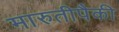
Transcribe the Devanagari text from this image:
मारुतीपैकी